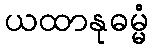
ယထာနုဓမ္မံ